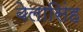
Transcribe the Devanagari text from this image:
बेलासिंह